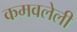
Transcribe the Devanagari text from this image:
कमवलेली